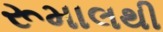
રૂમાલથી